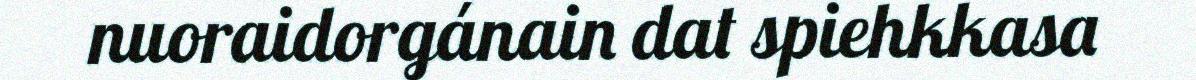
nuoraidorgánain dat spiehkkasa